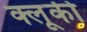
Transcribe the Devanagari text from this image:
क्लूकी